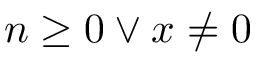
n \geq 0 \vee x \neq 0